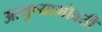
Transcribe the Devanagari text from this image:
आयुष्याभोवती